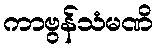
ကာဗွန်သံမဏိ